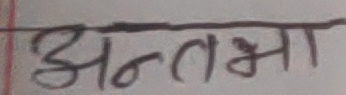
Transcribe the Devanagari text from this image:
अन्तभा